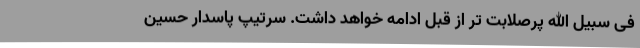
فی سبیل الله پرصلابت تر از قبل ادامه خواهد داشت. سرتیپ پاسدار حسین